Insane asylums Bombay 1873-77 - 1873-1877
Year: 1873
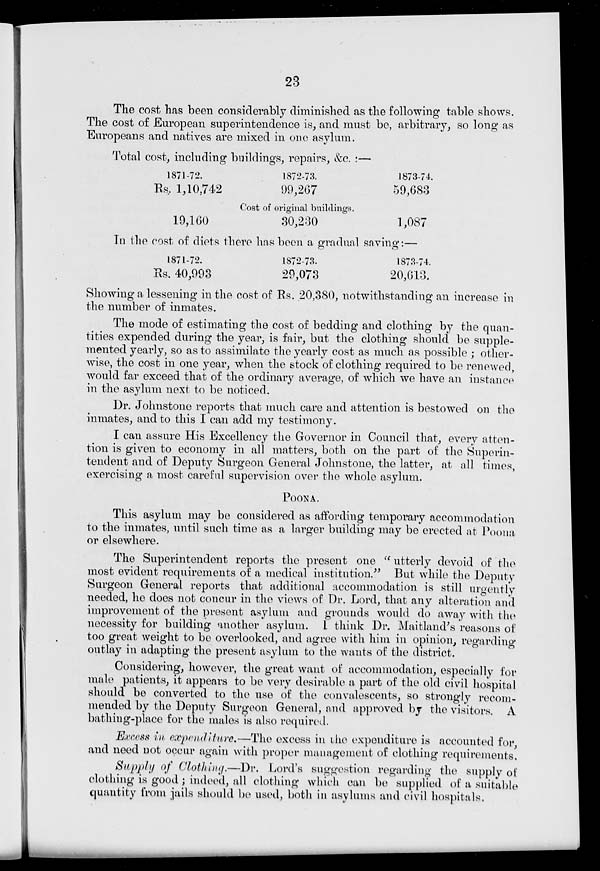
23
The cost has been considerably diminished as the following table shows.
The cost of European superintendence is, and must be, arbitrary, so long as
Europeans and natives are mixed in one asylum.
Total cost, including buildings, repairs, &c. :—
1871-72.
Rs. 1,10,742
19,160
1872-73.
99,267
Cost of original buildings.
30,230
1873-74.
59,683
1,087
In the cost of diets there has been a gradual saving:—
1871-72.
Rs. 40,993
1872-73.
29,073
1873-74.
20,613.
Showing a lessening in the cost of Rs. 20,380, notwithstanding an increase in
the number of inmates.
The mode of estimating the cost of bedding and clothing by the quan-
tities expended during the year, is fair, but the clothing should be supple-
mented yearly, so as to assimilate the yearly cost as much as possible ; other-
wise, the cost in one year, when the stock of clothing required to be renewed,
would far exceed that of the ordinary average, of which we have an instance
in the asylum next to be noticed.
Dr. Johnstone reports that much care and attention is bestowed on the
inmates, and to this I can add my testimony.
I can assure His Excellency the Governor in Council that, every atten-
tion is given to economy in all matters, both on the part of the Superin-
tendent and of Deputy Surgeon General Johnstone, the latter, at all times,
exercising a most careful supervision over the whole asylum.
POONA.
This asylum may be considered as affording temporary accommodation
to the inmates, until such time as a larger building may be erected at Poona
or elsewhere.
The Superintendent reports the present one " utterly devoid of the
most evident requirements of a medical institution." But while the Deputy
Surgeon General reports that additional accommodation is still urgently
needed, he does not concur in the views of Dr. Lord, that any alteration and
improvement of the present asylum and grounds would do away with the
necessity for building another asylum. I think Dr. Maitland's reasons of
too great weight to be overlooked, and agree with him in opinion, regarding
outlay in adapting the present asylum to the wants of the district.
Considering, however, the great want of accommodation, especially for
male patients, it appears to be very desirable a part of the old civil hospital
should be converted to the use of the convalescents, so strongly recom-
mended by the Deputy Surgeon General, and approved by the visitors. A
bathing-place for the males is also required.
Excess in expenditure.—The excess in the expenditure is accounted for,
and need not occur again with proper management of clothing requirements.
Supply of Clothing.—Dr. Lord's suggestion regarding the supply of
clothing is good ; indeed, all clothing which can be supplied of a suitable
quantity from jails should be used, both in asylums and civil hospitals.